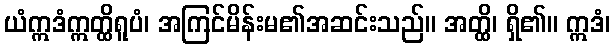
ယံဣဒံဣတ္ထိရူပံ၊ အကြင်မိန်းမ၏အဆင်းသည်။ အတ္ထိ၊ ရှိ၏။ ဣဒံ၊